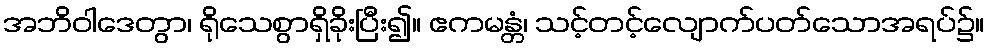
အဘိဝါဒေတွာ၊ ရိုသေစွာရှိခိုးပြီး၍။ ဧကမန္တံ၊ သင့်တင့်လျောက်ပတ်သောအရပ်၌။